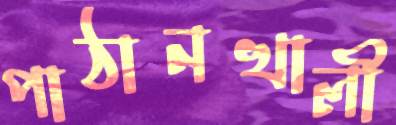
পাঠানখালী